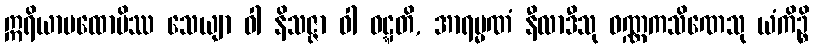
ဣရိယာပထောပိဿ သေယျာ ဝါ နိသဇ္ဇာ ဝါ ဝဋ္ဋတိ, အာရမ္မဏံ နီလာဒီသု ဝဏ္ဏကသိဏေသု ယံကိဉ္စိ